Lunatic asylums in Bengal annual reports 1912-1924 - 1912-1924
Year: 1912
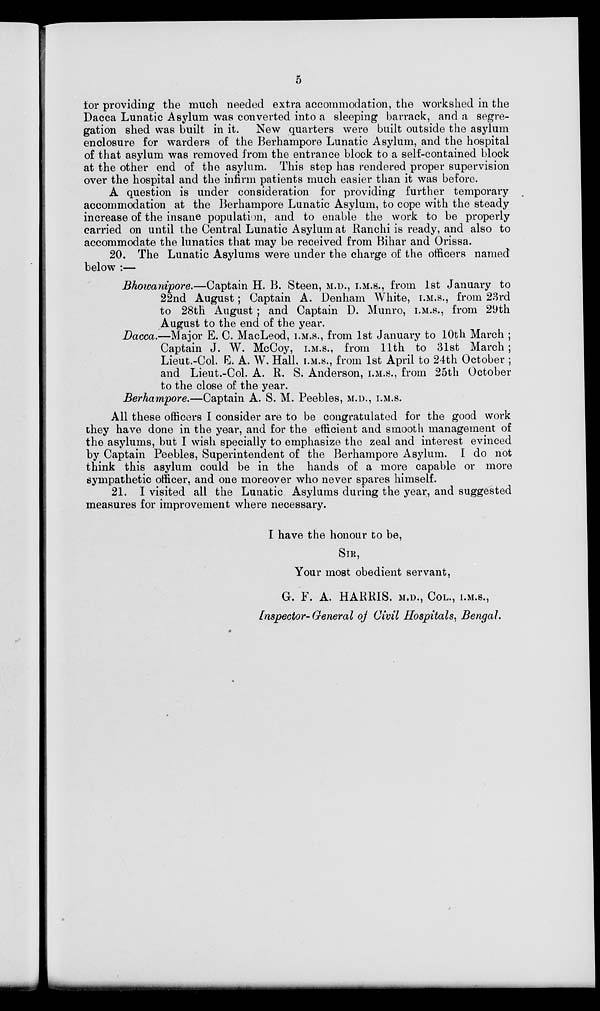
5
for providing the much needed extra accommodation, the workshed in the
Dacca Lunatic Asylum was converted into a sleeping barrack, and a segre-
gation shed was built in it. New quarters were built outside the asylum
enclosure for warders of the Berhampore Lunatic Asylum, and the hospital
of that asylum was removed from the entrance block to a self-contained block
at the other end of the asylum. This step has rendered proper supervision
over the hospital and the infirm patients much easier than it was before.
A question is under consideration for providing further temporary
accommodation at the Berhampore Lunatic Asylum, to cope with the steady
increase of the insane population, and to enable the work to be properly
carried on until the Central Lunatic Asylum at Ranchi is ready, and also to
accommodate the lunatics that may be received from Bihar and Orissa.
20. The Lunatic Asylums were under the charge of the officers named
below :—
Bhowanipore.—Captain H. B. Steen, M.D., I.M.S., from 1st January to
22nd August ; Captain A. Denham White, I.M.S., from 23rd
to 28th August ; and Captain D. Munro, I.M.S., from 29th
August to the end of the year.
Dacca.—Major E. C. MacLeod, I.M.S., from 1st January to 10th March ;
Captain J. W. McCoy, I.M.S., from 11th to 31st March;
Lieut.-Col. E. A. W. Hall, I.M.S., from 1st April to 24th October ;
and Lieut.-Col. A. R. S. Anderson, I.M.S., from 25th October
to the close of the year.
Berhampore.—Captain A. S. M. Peebles, M.D., I.M.S.
All these officers I consider are to be congratulated for the good work
they have done in the year, and for the efficient and smooth management of
the asylums, but I wish specially to emphasize the zeal and interest evinced
by Captain Peebles, Superintendent of the Berhampore Asylum. I do not
think this asylum could be in the hands of a more capable or more
sympathetic officer, and one moreover who never spares himself.
21. I visited all the Lunatic Asylums during the year, and suggested
measures for improvement where necessary.
I have the honour to be,
SIR,
Your most obedient servant,
G. F. A. HARRIS. M.D., COL., I.M.S.,
Inspector- General of Civil Hospitals, Bengal.